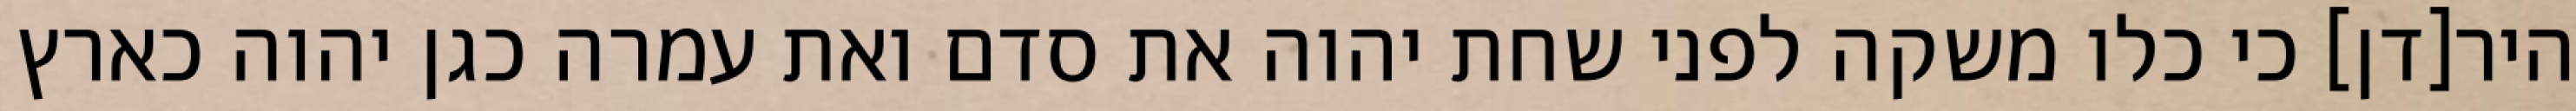
היר[דן] כי כלו משקה לפני שחת יהוה את סדם ואת עמרה כגן יהוה כארץ